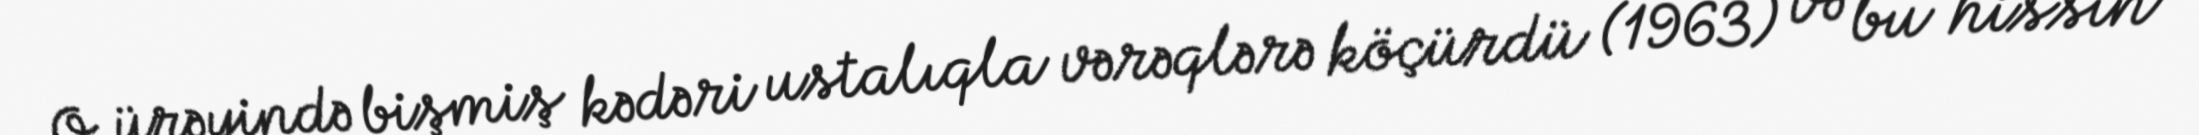
O ürəyində bişmiş kədəri ustalıqla vərəqlərə köçürdü (1963) və bu hissin